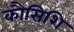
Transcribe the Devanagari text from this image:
कौसिशि